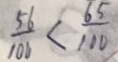
\frac { 5 6 } { 1 0 0 } < \frac { 6 5 } { 1 0 0 }